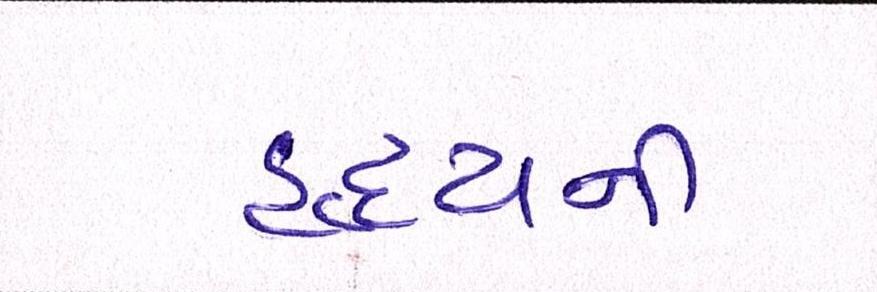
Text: હૃદયની